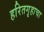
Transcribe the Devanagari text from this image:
हरितगृहाचा